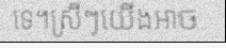
ទេ។ស្រីៗយើងអាច